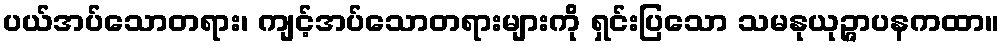
ပယ်အပ်သောတရား၊ ကျင့်အပ်သောတရားများကို ရှင်းပြသော သမနုယုဉ္ဇာပနကထာ။